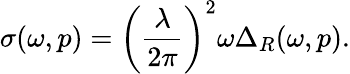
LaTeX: \sigma(\omega,p)=\left(\frac{\lambda}{2\pi}\right)^{2}\omega\Delta_{R}(\omega,p).